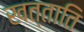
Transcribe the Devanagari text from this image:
खत्ताति